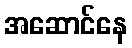
အဆောင်နေ